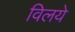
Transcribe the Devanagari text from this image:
विलये